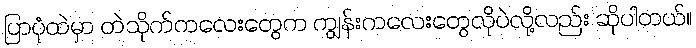
ပြာပုံထဲမှာ တဲသိုက်ကလေးတွေက ကျွန်းကလေးတွေလိုပဲလို့လည်း ဆိုပါတယ်။